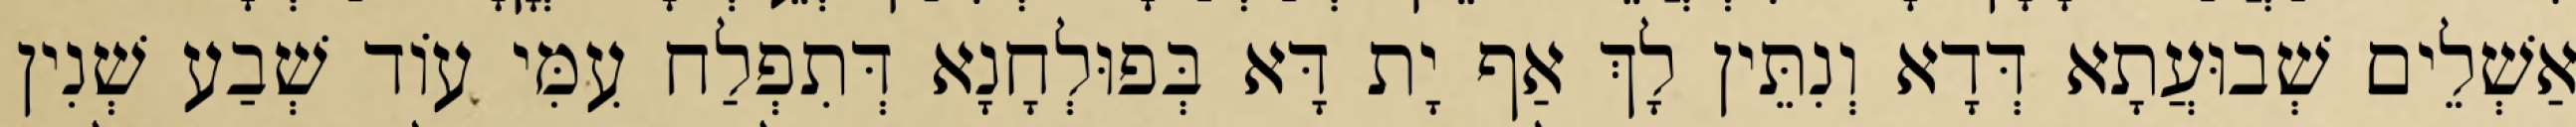
אַשְׁלֵים שְׁבוּעֲתָא דְּדָא וְנִתֵּין לָךְ אַף יָת דָּא בְּפוּלְחָנָא דְּתִפְלַח עִמִּי עוֹד שְׁבַע שְׁנִין